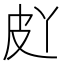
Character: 𱲀